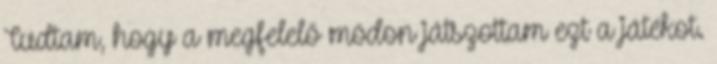
Tudtam, hogy a megfelelő módon játszottam ezt a játékot.